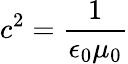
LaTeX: c^{2}={\frac{1}{\epsilon_{0}\mu_{0}}}